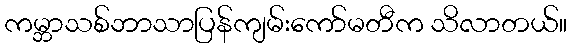
ကမ္ဘာသစ်ဘာသာပြန်ကျမ်းကော်မတီက သိလာတယ်။